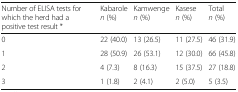
| Number of ELISA tests for which the herd had a positive test result * | Kabarolen (%) | Kamwengen (%) | Kasesen (%) | Totaln (%) |
 | --- | --- | --- | --- | --- |
 | 0 | 22 (40.0) | 13 (26.5) | 11 (27.5) | 46 (31.9) |
 | 1 | 28 (50.9) | 26 (53.1) | 12 (30.0) | 66 (45.8) |
 | 2 | 4 (7.3) | 8 (16.3) | 15 (37.5) | 27 (18.8) |
 | 3 | 1 (1.8) | 2 (4.1) | 2 (5.0) | 5 (3.5) |